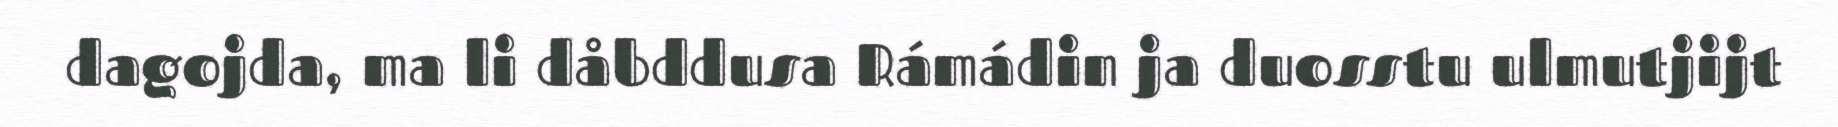
dagojda, ma li dåbddusa Rámádin ja duosstu ulmutjijt